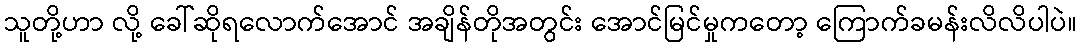
သူတို့ဟာ လို့ ခေါ်ဆိုရလောက်အောင် အချိန်တိုအတွင်း အောင်မြင်မှုကတော့ ကြောက်ခမန်းလိလိပါပဲ။